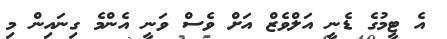
އެ ޓީމުގެ ޑެނީ އަލްވެޒް އަށް ވެސް ވަނީ އެންމެ ގިނައިން މި